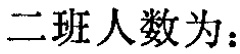
二班人数为：